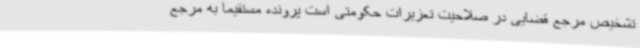
تشخیص مرجع قضایی در صلاحیت تعزیرات حکومتی است پرونده مستقیما به مرجع